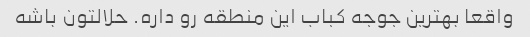
واقعا بهترین جوجه کباب این منطقه رو داره. حلالتون باشه